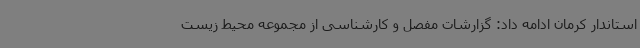
استاندار کرمان ادامه داد: گزارشات مفصل و کارشناسی از مجموعه محیط زیست